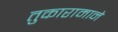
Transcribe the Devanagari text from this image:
तुकारामाने